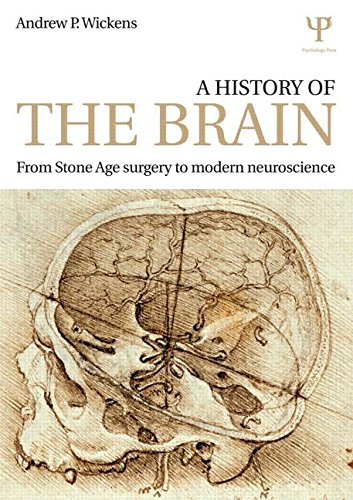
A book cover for A History of the Brain: From Stone Age surgery to modern neuroscience; Andrew P. Wickens; Medical Books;